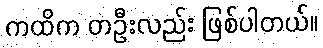
ကထိက တဦးလည်း ဖြစ်ပါတယ်။